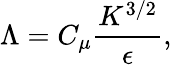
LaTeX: \Lambda=C_{\mu}\frac{K^{3/2}}{\epsilon},